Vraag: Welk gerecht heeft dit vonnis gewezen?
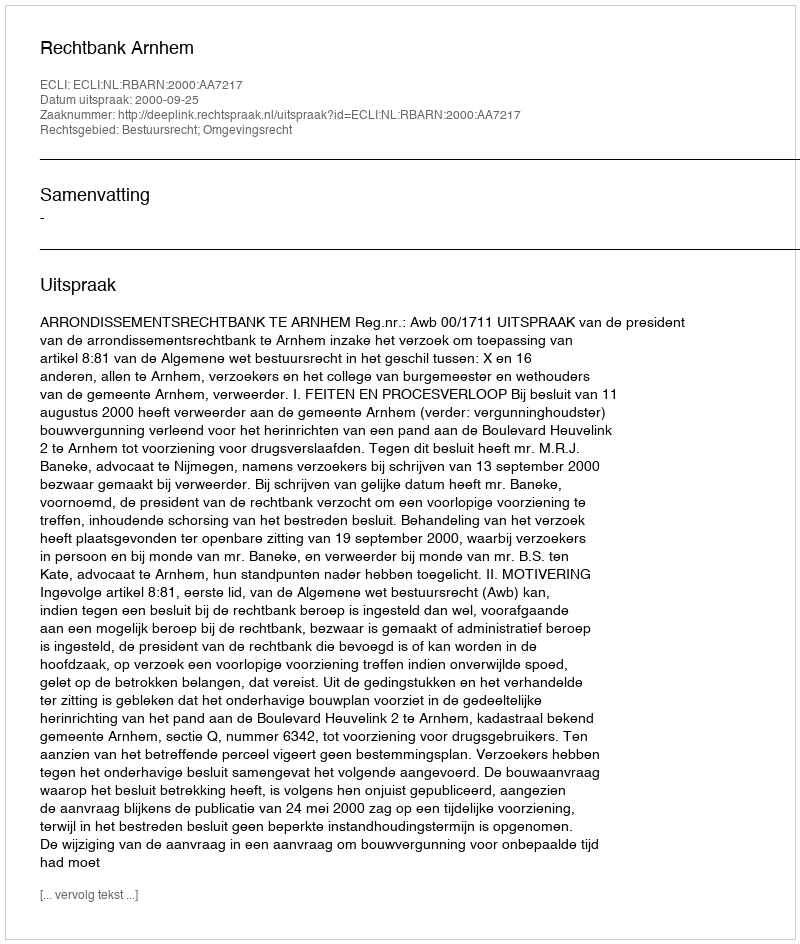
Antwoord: Rechtbank Arnhem